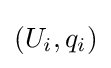
(U_{i},q_{i})